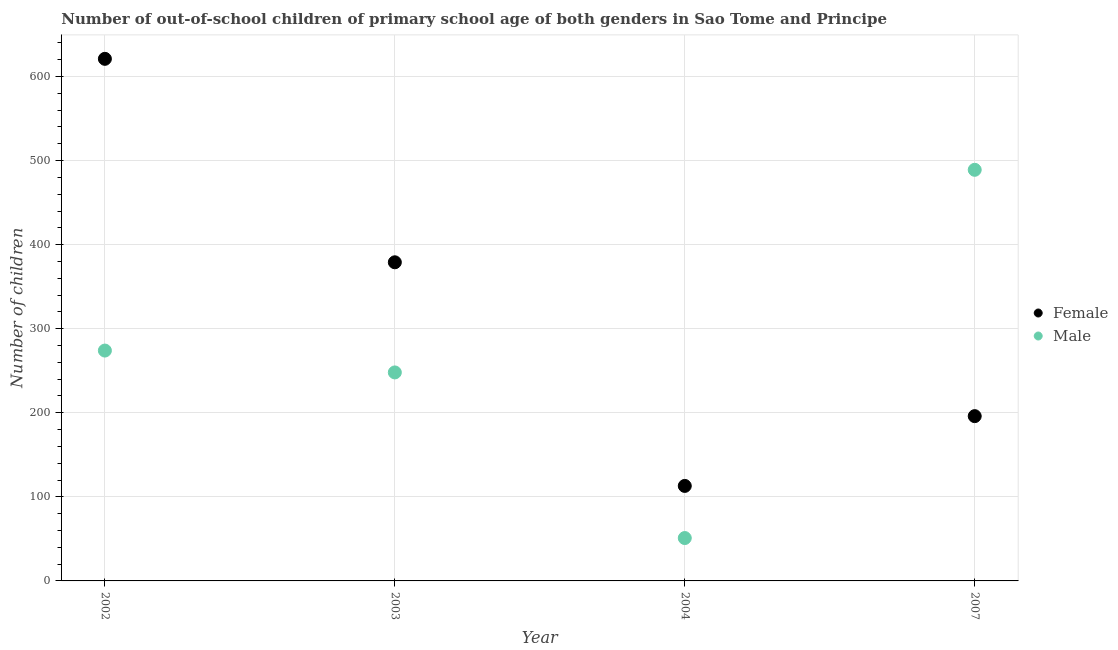
| Year | Female | Male |
 | --- | --- | --- |
 | 2002 | 621 | 274 |
 | 2003 | 379 | 248 |
 | 2004 | 113 | 51 |
 | 2007 | 196 | 489 |